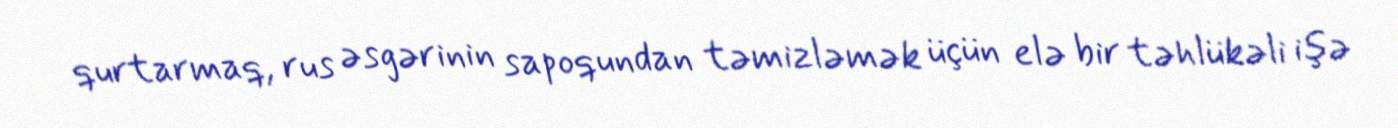
qurtarmaq, rus əsgərinin sapoqundan təmizləmək üçün elə bir təhlükəli işə